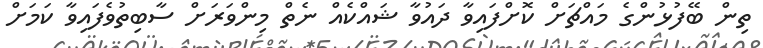
ތިން ބޭފުޅުންގެ މައްޗަށް ކޮށްފައިވާ ދައުވާ ޝައްކެއް ނެތް މިންވަރަށް ސާބިތުވެފައިވާ ކަމަށް